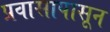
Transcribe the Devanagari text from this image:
प्रवासापासून